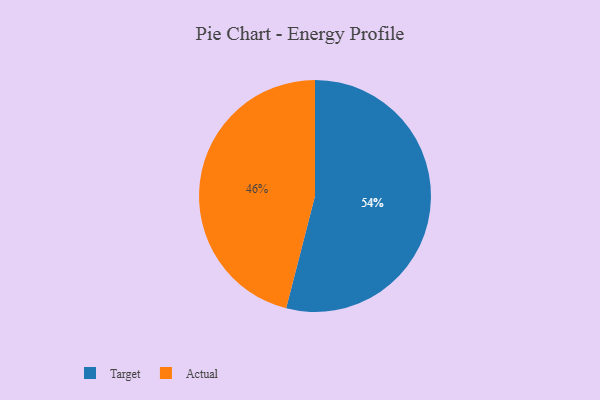
{"axis": {"x": "Category", "y": "Percentage"}, "legend": ["Actual", "Target"], "data": [{"x": "Actual", "y": 46, "type": "Actual"}, {"x": "Target", "y": 54, "type": "Target"}]}